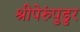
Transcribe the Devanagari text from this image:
श्रीपेरुंपुडुर